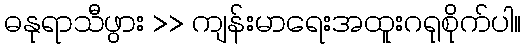
ဓနုရာသီဖွား >> ကျန်းမာရေးအထူးဂရုစိုက်ပါ။